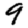
Digit: 9